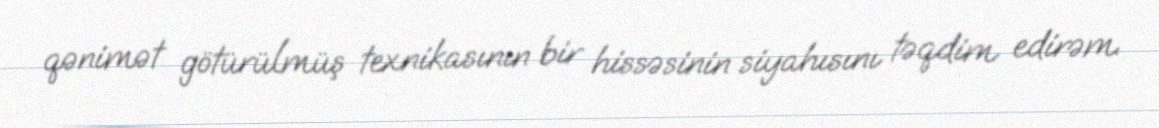
qənimət götürülmüş texnikasının bir hissəsinin siyahısını təqdim edirəm.